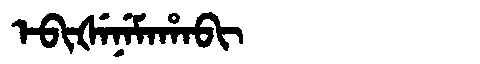
Manchu: ᡝᠪᡳᡧᡝᠨᡝᠮᠠᡥᠠᠪᡳ
Romanization: EBIŠENEMAHABI